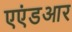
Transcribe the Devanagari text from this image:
एएंडआर